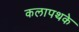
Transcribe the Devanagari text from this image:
कलापथके